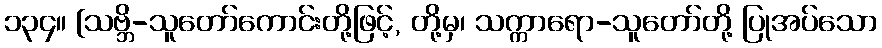
၁၃၄။ [သဗ္ဘိ-သူတော်ကောင်းတို့ဖြင့်, တို့မှ၊ သက္ကာရော-သူတော်တို့ ပြုအပ်သော